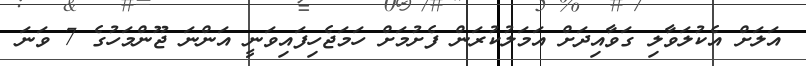
އަލަށް އެކުލަވާލި ގަވާއިދަށް އަމަލުކުރަން ފެށުމަށް ހަމަޖެހިފައިވަނީ އަންނަ ޖޫންމަހުގެ 7 ވަނަ